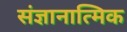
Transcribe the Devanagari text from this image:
संज्ञानात्मिक